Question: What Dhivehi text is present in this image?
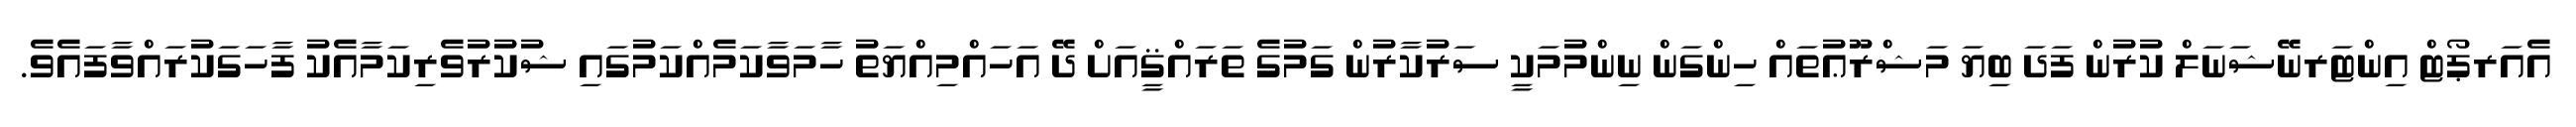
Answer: އެއަރޕޯޓް އިންޓަރނޭޝަނަލް ކުރުން ފަދަ ބިޔަ މަޝްރޫޢުތައް ހިންގަން ނިންމުމަކީ ސަރުކާރުން ގަމުގެ ތަރައްޤީއަށް ދޭ އަހައްމިއްޔަތު ހާމަވާކަމެއްކަމުގައި ޝުކުރުވެރިކަމާއެކު ފާހަގަކުރައްވާފައެވެ.